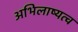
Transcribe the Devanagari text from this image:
अभिलाष्यत्व